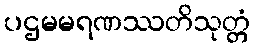
ပဌမမရဏဿတိသုတ္တံ